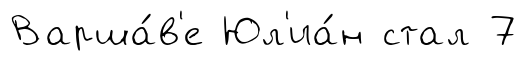
Варша́в'е Юл'иа́н стал 7